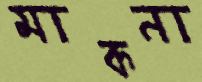
মাকনা